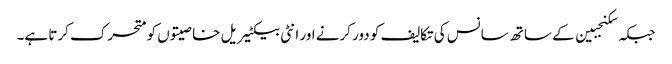
جبکہ سکنجبین کے ساتھ سانس کی تکالیف کو دور کرنے اور انٹی بیکٹیریل خاصیتوں کو متحرک کرتا ہے۔